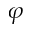
\varphi